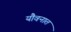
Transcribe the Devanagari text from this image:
यौवनात